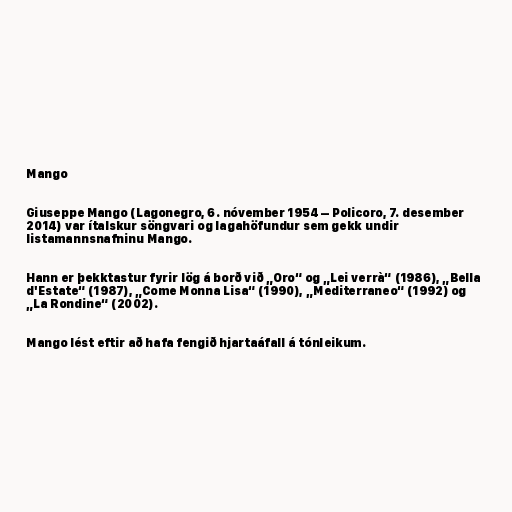
Mango

Giuseppe Mango (Lagonegro, 6. nóvember 1954 – Policoro, 7. desember
2014) var ítalskur söngvari og lagahöfundur sem gekk undir
listamannsnafninu Mango.

Hann er þekktastur fyrir lög á borð við „Oro“ og „Lei verrà“ (1986), „Bella
d'Estate“ (1987), „Come Monna Lisa“ (1990), „Mediterraneo“ (1992) og
„La Rondine“ (2002).

Mango lést eftir að hafa fengið hjartaáfall á tónleikum.